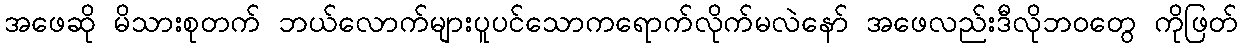
အဖေဆို မိသားစုတက် ဘယ်လောက်များပူပင်သောကရောက်လိုက်မလဲနော် အဖေလည်းဒီလိုဘဝတွေ ကိုဖြတ်